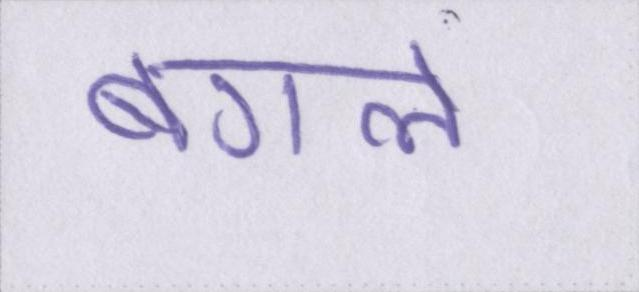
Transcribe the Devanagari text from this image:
बगले